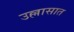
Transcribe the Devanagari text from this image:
उल्लासात